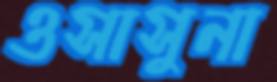
ওসাসুনা